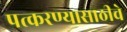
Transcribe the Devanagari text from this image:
पत्करण्यासाठीचे